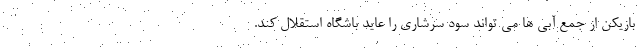
بازیکن از جمع آبی ها می تواند سود سرشاری را عاید باشگاه استقلال کند.